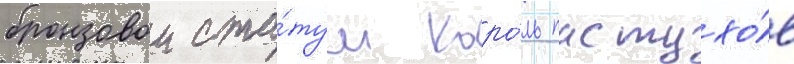
бронзовои ста́туи коро́ль пастухо́в